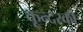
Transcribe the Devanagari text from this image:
कून्दरकी